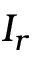
I _ { r }